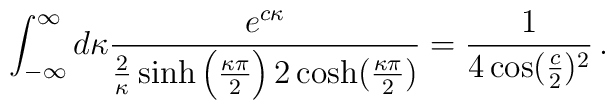
\int_{-\infty}^\infty d\kappa\frac{e^{c\kappa}}{\frac{2}{\kappa}\sinh\left(\frac{\kappa \pi}{2}\right)  2\cosh(\frac{\kappa \pi}2)}=\frac{1}{4\cos({\frac{c}{2}})^2}\,.